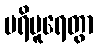
ပရိပူရေတွာ